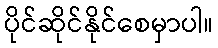
ပိုင်ဆိုင်နိုင်စေမှာပါ။